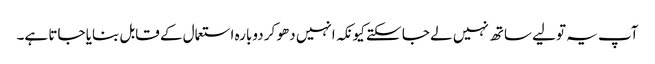
آپ یہ تولیے ساتھ نہیں لے جا سکتے کیونکہ انہیں دھو کر دوبارہ استعمال کے قابل بنایا جاتا ہے۔